[Report on the health of British troops in the Madras command]
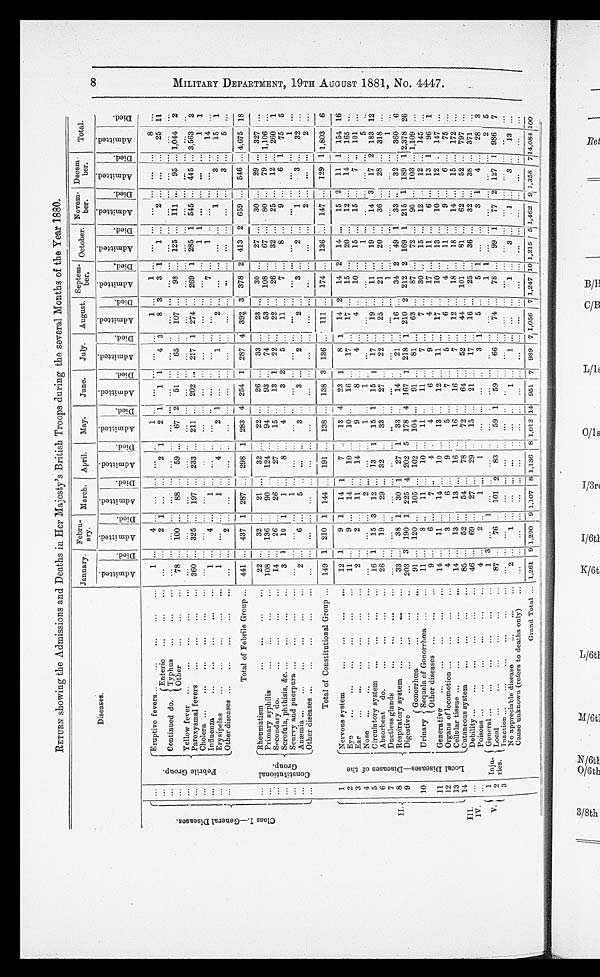
RETURN showing the Admissions and Deaths in Her Majesty's British Troops during the several Months of the Year 1880.
Diseases
January. Febru-
ary.
March. April.
May.
June.
July. August. Septem-
ber. October. Novem -
ber.
Decem-
ber.
Total.
A d m i t t e d .
D i e d .
A d m i t t e d .
D i e d .
A d m i t t e d .
D i e d .
A d m i t t e d .
D i e d .
A d m i t t e d .
D i e d .
A d m i t t e d .
D i e d .
A d m i t t e d .
D i e d .
A d m i t t e d .
D i e d .
A d m i t t e d .
D i e d .
A d m i t t e d .
D i e d .
A d m i t t e d .
D i e d .
A d m i t t e d .
D i e d .
A d m i t t e d .
D i e d .
C l a s s I . - G e n e r a l D i s e a s e s .
. . .
F e b r i l e G r o u p .
Eruptive fevers...
...
. . .
. . .
. . .
...
. .
. . .
Enteric
continued do. Typhus
Other
. . .
. . .
. . .
... ...
2 1 ... ...
2 1
2 1
4 3
8 3
3
1
1 ...
2 ........
25 11
. . .
. . .
. . .
. . .
... ... ... ... ... ... ... ... ... ... ... ... ... ... ... ... ... ...
. . .
. . .
. . .
. . .
78
...
100
...
88
....
59 ...
67 2 51 ... 65
107
...
98
...
125 ... 111 ... 95 ... 1,044 2
. . .
Yellow fever ...
...
. . .
. . .
. . .
... ... ... ... ... ... ... ... ... ...
. . . .
... ... ... ... ... ... ... ... ... ... ... ... ... ... ... ...
. . .
Paroxysmal fevers
...
. . .
. . .
. . .
360 ... 325 ... 197 ... 233 ... 211 ... 202 .
...
217 1 274 ... 269 1 285 1 545 ... 445 ... 3,563 3
. . .
. . .
. . .
. . .
.. ... ...
1 1 ... ... ... ...
1 1
. . .
Influenza
...
...
. . .
. . .
. . .
. . .
Erysipelas
...
...
. . .
. . .
. . .
2 1 ... ...
1
...
2 ... ... ...
...
...
1 ...
3 ... 15 1
. . .
Other disesases.
. . .
. . .
. . .
Total of Febrile Group ... 441 ... 437 1 287 ... 298 1 283 4 254 1 287 4 392
378 2 413 2 659 ... 546 ... 4,675 18
. . .
C o n s t i t u t i o n a l G r o u p .
Rhenmatism
...
. . .
. . .
. . .
22 ..
32
21
...
32
...
22 ... 26
. . .
33
. . .
23
...
30
...
27
...
30
...
29
...
327
...
. . .
Primary syphilis
...
. . .
. . . . . .
. . .
108
... ...
136
90 ... 124 .
....
94
.....
93 ...
74 ...
53
...
108
...
67 ... 80 ..
79 ... 1,106 ..
....
. . .
Secondary do.
. . .
. . .
. . .
14
...
26 ... 26 ...
27 ...
15 ..
13
22
...
22
...
26 .
...
32 ... 25 ... 12 ... 260 1
. . .
Scrofula, phthisis, &c ...
. . .
. . .
. . .
3
1
10 1
1
...
8 ..
4 .
...
3
...5 ...
11
...
7 ...
8 ...
9
...
6 1 75 5
. . .
Scurvy and puerpura
. . .
. . .
. . .
... ... ...
...
1
... ...
...
...
... ... ... ... ... ... ... ...
1
...
. . .
Anæmia ...
...
. . .
. . .
. . .
2 ...
6
...
5
3
3 ...
2
....
...
3 ...
2 ...
1 ...
3 ...
32 ...
. . .
Other diseases ...
...
. . .
. . .
. . .
...
...
...
... ... ... ...
. . .
. . .
Total of Constitutional Group ... 149 1 210 1 144
. . .
191 ... 138 ... 138 3 136 ... 111
...
174
...
136 ... 147 ... 129
1,803 6
I I . 1
L o c a l D i s e a s e s - D i s e a s s e s o f t h e
Nervous system
. . .
. . .
. . .
12 1
9 1 14 1
7
13 4 23 1
8 1 14 2 14 2 14
...
15 2 11 1 154 16
2
Eye
...
...
._
. . .
. . .
. . .
11 ..
9 ... 14
. . .
10
. . .
..
10 ..
16 ..
17
. . .
17 .... 15
...
20 .
...
12 ...
14
...
165
...
3
Ear
... ... ...
. . .
. . .
. . .
2 ...
2 ...
11
. . .
14 ......
9
8
. . .
4
. . .
4 ..
10 ... 15
...
15 ...
7
...
101
...
. . .
. . .
. . .
...
. . .
... ... ... ..
5
Circulatory system ...
. . .
. . .
. . .
16 1 15 3 12
. . .
13 1 15 1 15
17 ... 19
. . .
11 ... 19
...
14
17 2 183 12
6
Absorbent do.
...
. . .
. . .
. . .
26
. . .
19
. . .
29
. . .
32
33 ...
27
22
. . .
25
. . .
21 ... 20 ..
...
28 ... 318 ...
7
Ductless glands
.....
. . .
. . .
. . .
...
. . .
.... .. ... ...
. . .
. . .
. . .
. . .
. . .
.
. . .
....
. . .
. . .
8
Respiratory system ...
. . .
. . .
. . .
33
. . .
38 1 30 1 27
33 ..
14 ..
21
. . .
16 ...
34 2 49 1 33 ..
32 ... 360 6
9
Digestive
...
...
. . .
. . .
. . .
203 3 190 1 225 4 202 5 178 4 167 1 218 1 210 2 212 2 169
215 1 189 112,378 26
10
Gonorrhæea .
Urinary Sequela of Gonorrhæa
.
Other diseases
. . .
91 ... 120
105
102 ... 104 ...
91 ... 81
. . .
63 ...
87 ... 72 ... 90 ... 103 ..., 1,109
...
. . .
. . .
11 ...
8
. . .
11
. . .
10 ... 11 ..
11 ...
7
. . .
7
. . .
30 ...
15 ... 12 ..
12 ...
1
145
1
. . .
. . .
9 ....
6 ,..
7
. . .
4 .
4
6 ...
9
. . .
4
. . .
17 ... 11 ...
6 ... 13
96
11
Generative
...
...
. . .
. . .
. . .
14 ...
11 .... 14
. . .
10 ..
13 ...
12 .... 11
. . .
17 ..
10 ...
13 ... 10 ... 12 . 147 ...
12
Organs of locomotion ...
. . .
. . .
. . .
4 ...
3 ...
6 ....
9
5 ...
7 ...
5 .....,
6 ...
4 _
11 ...
9 ...
6 ..
75
...
13
Cellular tissue ...
...
. . .
. . .
. . .
14 ...
13 ... 13
. . .
16
16 ..
16 ...
7
. . .
12 ...
18 ...
18 ... 14 ... 15 .. 172 ..,
14
.Cutaneous system
_.
. . .
. . .
. . .
85 ...
52 ...
54
. . .
78 .
72 ... 64 ... 52
. . .
44 ... 101 _. 81 ... 62 ... 52 ... 797 ...
I I I .
. . .
. . . Debility ...
...
...
. . .
. . .
. . .
46 ...
69 ...
27
. . .
29 .
15 ...
21 .., 17 ..... 16 .., 25
. . . . .
36 ... 32 ... 38 ... 371
...
I V .
. . .
. . . Poisons ................. . . .
. . .
. . .
4 ...
2 ..
1 ....,
1 .
. . . . .
... ... ..
3 1
5 ...
5 1 ... ...
3 1
4 ..
28 3
V .
1
I n j u - r i e s
.
General ................. . . .
. . .
. . .
1 3 ...
1
.
.
. . .
...
. . .
. . .
. . .
....
2
2
Local
. . .
. . .
. . .
87 .
76
101 2 83 ..
59
59 ..... 66
74 ...
78 .... 99 1 77 2 127 1 986 7
3
. . .
. . .
. . .
. . .
... ... ... ... . . ... .. .. . . . ... . . . ... . .. ... ... ... ... ... ...
.... ..
...
disease
No appreciable
. . .
. . .
. . .
2
. . .
1
. . .
.....
. . . . . .
...
. . . . . .
...
. . .
. .
. . . . .
. . .
Cause -unknown (refers to deaths only)
... .. ... ... ...
. . .
. . .
. . .
. . .
. . .
. . .
. . .
. . .
. . .
. . .
. . .
. . .
. . .
. . .
. . .
. . .
. . .
. . .
. . .
. . .
. . .
. . .
. . .
Grand Total ... 1,261 9 1,290 9 1,107 8 1,136 8 1,012 14 951 17 989
7
1,056
7
1,247 10 1,215
5 1
1,462
9
1,358
7
14,084 100
M I L I T A R Y D E P A R T M E N T , 1 9 T H A U G U S T 1 8 8 1 , N o . 4 4 4 7